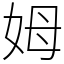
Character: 姆